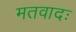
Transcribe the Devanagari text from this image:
मतवादः